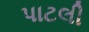
પાટલી